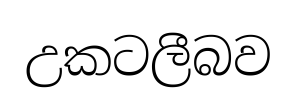
උකටලීබව